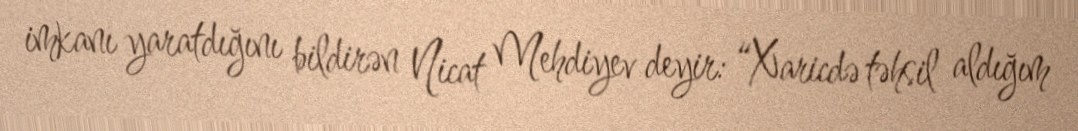
imkanı yaratdığını bildirən Nicat Mehdiyev deyir: “Xaricdə təhsil aldığım